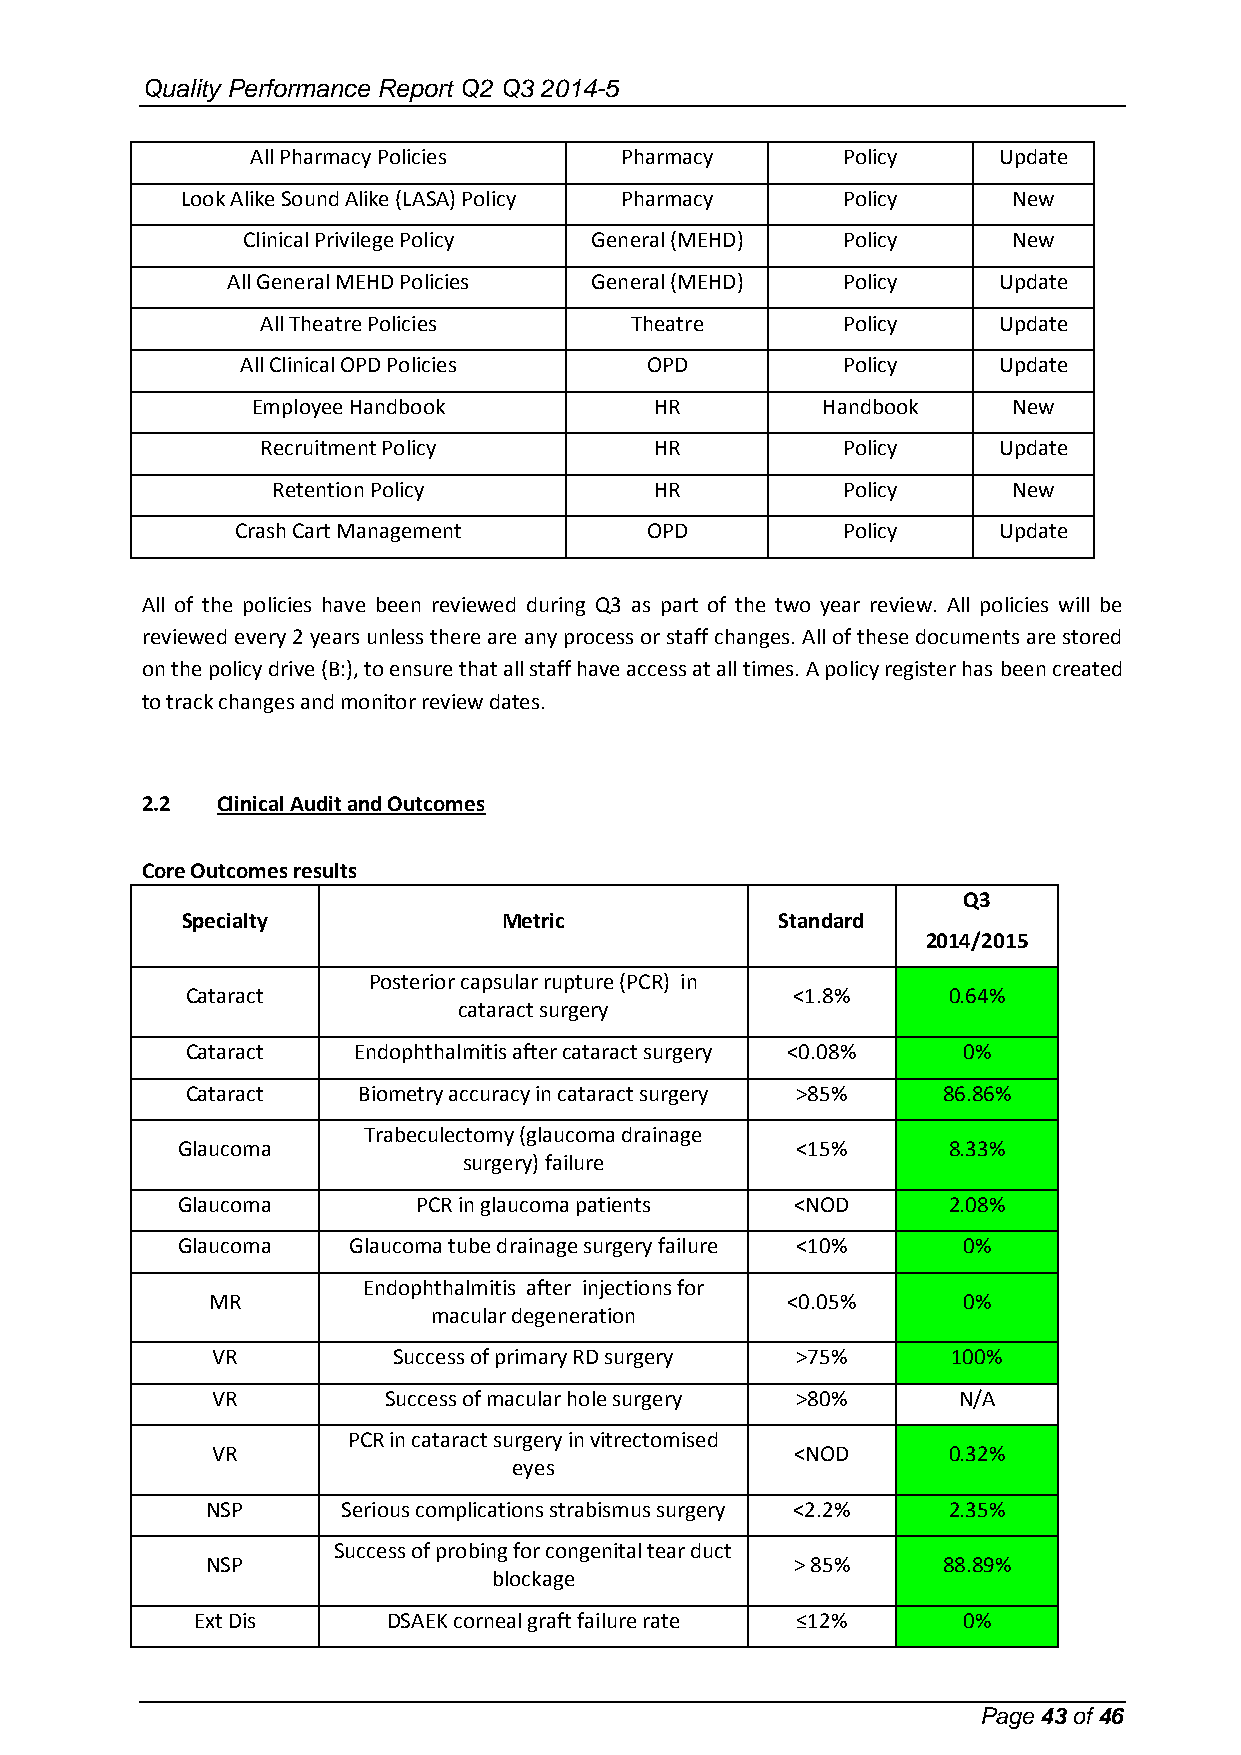
Quality Performance Report Q2 Q3 2014-5
 All Pharmacy Policies   Pharmacy       Policy    Update
 Look Alike Sound Alike (LASA) Policy Pharmacy Policy   New
 Clinical Privilege Policy General (MEHD) Policy    New
 All General MEHD Policies General (MEHD) Policy    Update
 All Theatre Policies     Theatre       Policy    Update
 All Clinical OPD Policies  OPD          Policy    Update
 Employee Handbook         HR         Handbook     New
 Recruitment Policy        HR           Policy    Update
 Retention Policy         HR           Policy     New
 Crash Cart Management      OPD          Policy    Update
 All of the policies have been reviewed during Q3 as part of the two year review. All policies will be
 reviewed every 2 years unless there are any process or staff changes. All of these documents are stored
 on the policy drive (B:), to ensure that all staff have access at all times. A policy register has been created
 to track changes and monitor review dates.
 2.2  Clinical Audit and Outcomes
 Core Outcomes results
 Q3
 Specialty            Metric             Standard
 2014/2015
 Posterior capsular rupture (PCR) in
 Cataract                                <1.8%      0.64%
 cataract surgery
 Cataract   Endophthalmitis after cataract surgery <0.08% 0%
 Cataract    Biometry accuracy in cataract surgery >85% 86.86%
 Trabeculectomy (glaucoma drainage
 Glaucoma                                 <15%      8.33%
 surgery) failure
 Glaucoma       PCR in glaucoma patients  <NOD      2.08%
 Glaucoma   Glaucoma tube drainage surgery failure <10% 0%
 Endophthalmitis after injections for
 MR                                    <0.05%      0%
 macular degeneration
 VR          Success of primary RD surgery >75%   100%
 VR         Success of macular hole surgery >80%  N/A
 PCR in cataract surgery in vitrectomised
 VR                                     <NOD      0.32%
 eyes
 NSP      Serious complications strabismus surgery <2.2% 2.35%
 Success of probing for congenital tear duct
 NSP                                    > 85%    88.89%
 blockage
 Ext Dis      DSAEK corneal graft failure rate ≤12% 0%
 Page 43 of 46